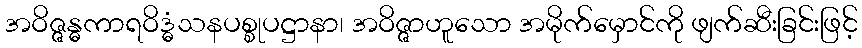
အဝိဇ္ဇန္ဓကာရဝိဒ္ဓံသနပစ္စုပဋ္ဌာနာ၊ အဝိဇ္ဇာဟူသော အမိုက်မှောင်ကို ဖျက်ဆီးခြင်းဖြင့်